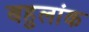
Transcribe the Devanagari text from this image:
बहुलांक